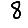
Digit: 8